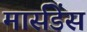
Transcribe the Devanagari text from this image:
मार्सडेंस